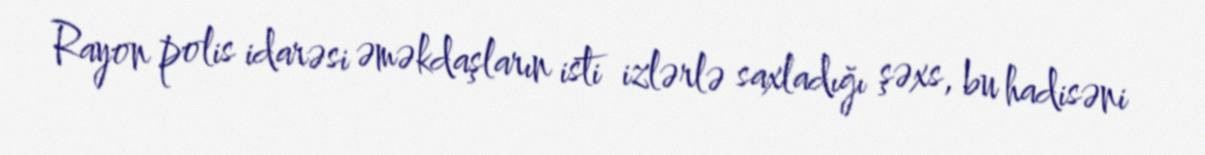
Rayon polis idarəsi əməkdaşların isti izlərlə saxladığı şəxs, bu hadisəni